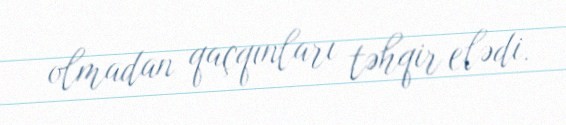
olmadan qaçqınları təhqir elədi.